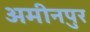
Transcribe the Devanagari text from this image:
अमीनपुर